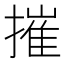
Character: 摧